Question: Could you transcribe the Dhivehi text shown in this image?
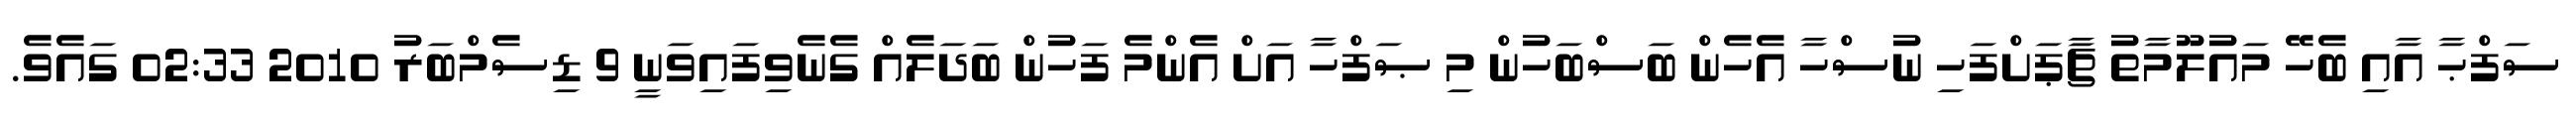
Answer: ސަފްޙާ އާއި ބެހޭ މައުލޫމާތު ޗާޕަށްފަހި ނުސްހާ އެހެން ބަސްބަހުން މި ޞަފްހާ އަށް އެންމެ ފަހުން ބަދަލެއް ގެނެވިފައިވަނީ 9 ޑިސެމްބަރު 2010 02:33 ގައެވެ.